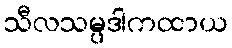
သီလသမ္ပဒါကထာယ